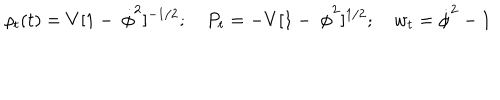
\rho _ { t } ( t ) = V [ 1 - \ \dot { \phi } ^ { 2 } ] ^ { - 1 / 2 } ; \quad P _ { t } = - V [ 1 - \ \dot { \phi } ^ { 2 } ] ^ { 1 / 2 } ; \quad w _ { t } = \dot { \phi } ^ { 2 } - 1